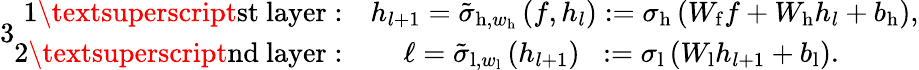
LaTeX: \begin{array}{r}{{3}\begin{array}{rl}{\mathrm{1\textsuperscript{st}~layer:}}&{h_{l+1}=\tilde{\sigma}_{\mathrm{h},w_{\mathrm{h}}}\left(f,h_{l}\right):=\sigma_{\mathrm{h}}\left(W_{\mathrm{f}}f+W_{\mathrm{h}}h_{l}+b_{\mathrm{h}}\right),}\\ {\mathrm{2\textsuperscript{nd}~layer:}}&{\quad\, \ell=\tilde{\sigma}_{\mathrm{l},w_{\mathrm{l}}}\left(h_{l+1}\right)\; \; :=\sigma_{\mathrm{l}}\left(W_{\mathrm{l}}h_{l+1}+b_{\mathrm{l}}\right).}\end{array}}\end{array}